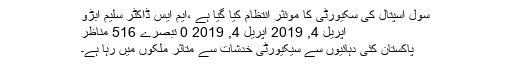
سول اسپتال کی سکیورٹی کا موئثر انتظام کیا گیا ہے ،ایم ایس ڈاکٹر سلیم ابڑو
اپریل 4, 2019 اپریل 4, 2019 0 تبصرے 516 مناظر
پاکستان کئی دہائیوں سے سیکیورٹی خدشات سے متاثر ملکوں میں رہا ہے۔